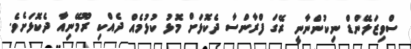
ސްވިޒަލޭންޑް ނިކުންނާނީ ރޭގަ ފްރާންސާ ދެކޮޅަށް މޮޅު ކުޅުމެއް ދެއްކި ރޫމޭނިއާ ދެކޮޅަށެވެ.